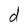
Character: d